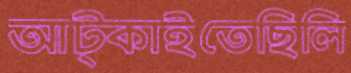
আট্‌কাইতেছিলি